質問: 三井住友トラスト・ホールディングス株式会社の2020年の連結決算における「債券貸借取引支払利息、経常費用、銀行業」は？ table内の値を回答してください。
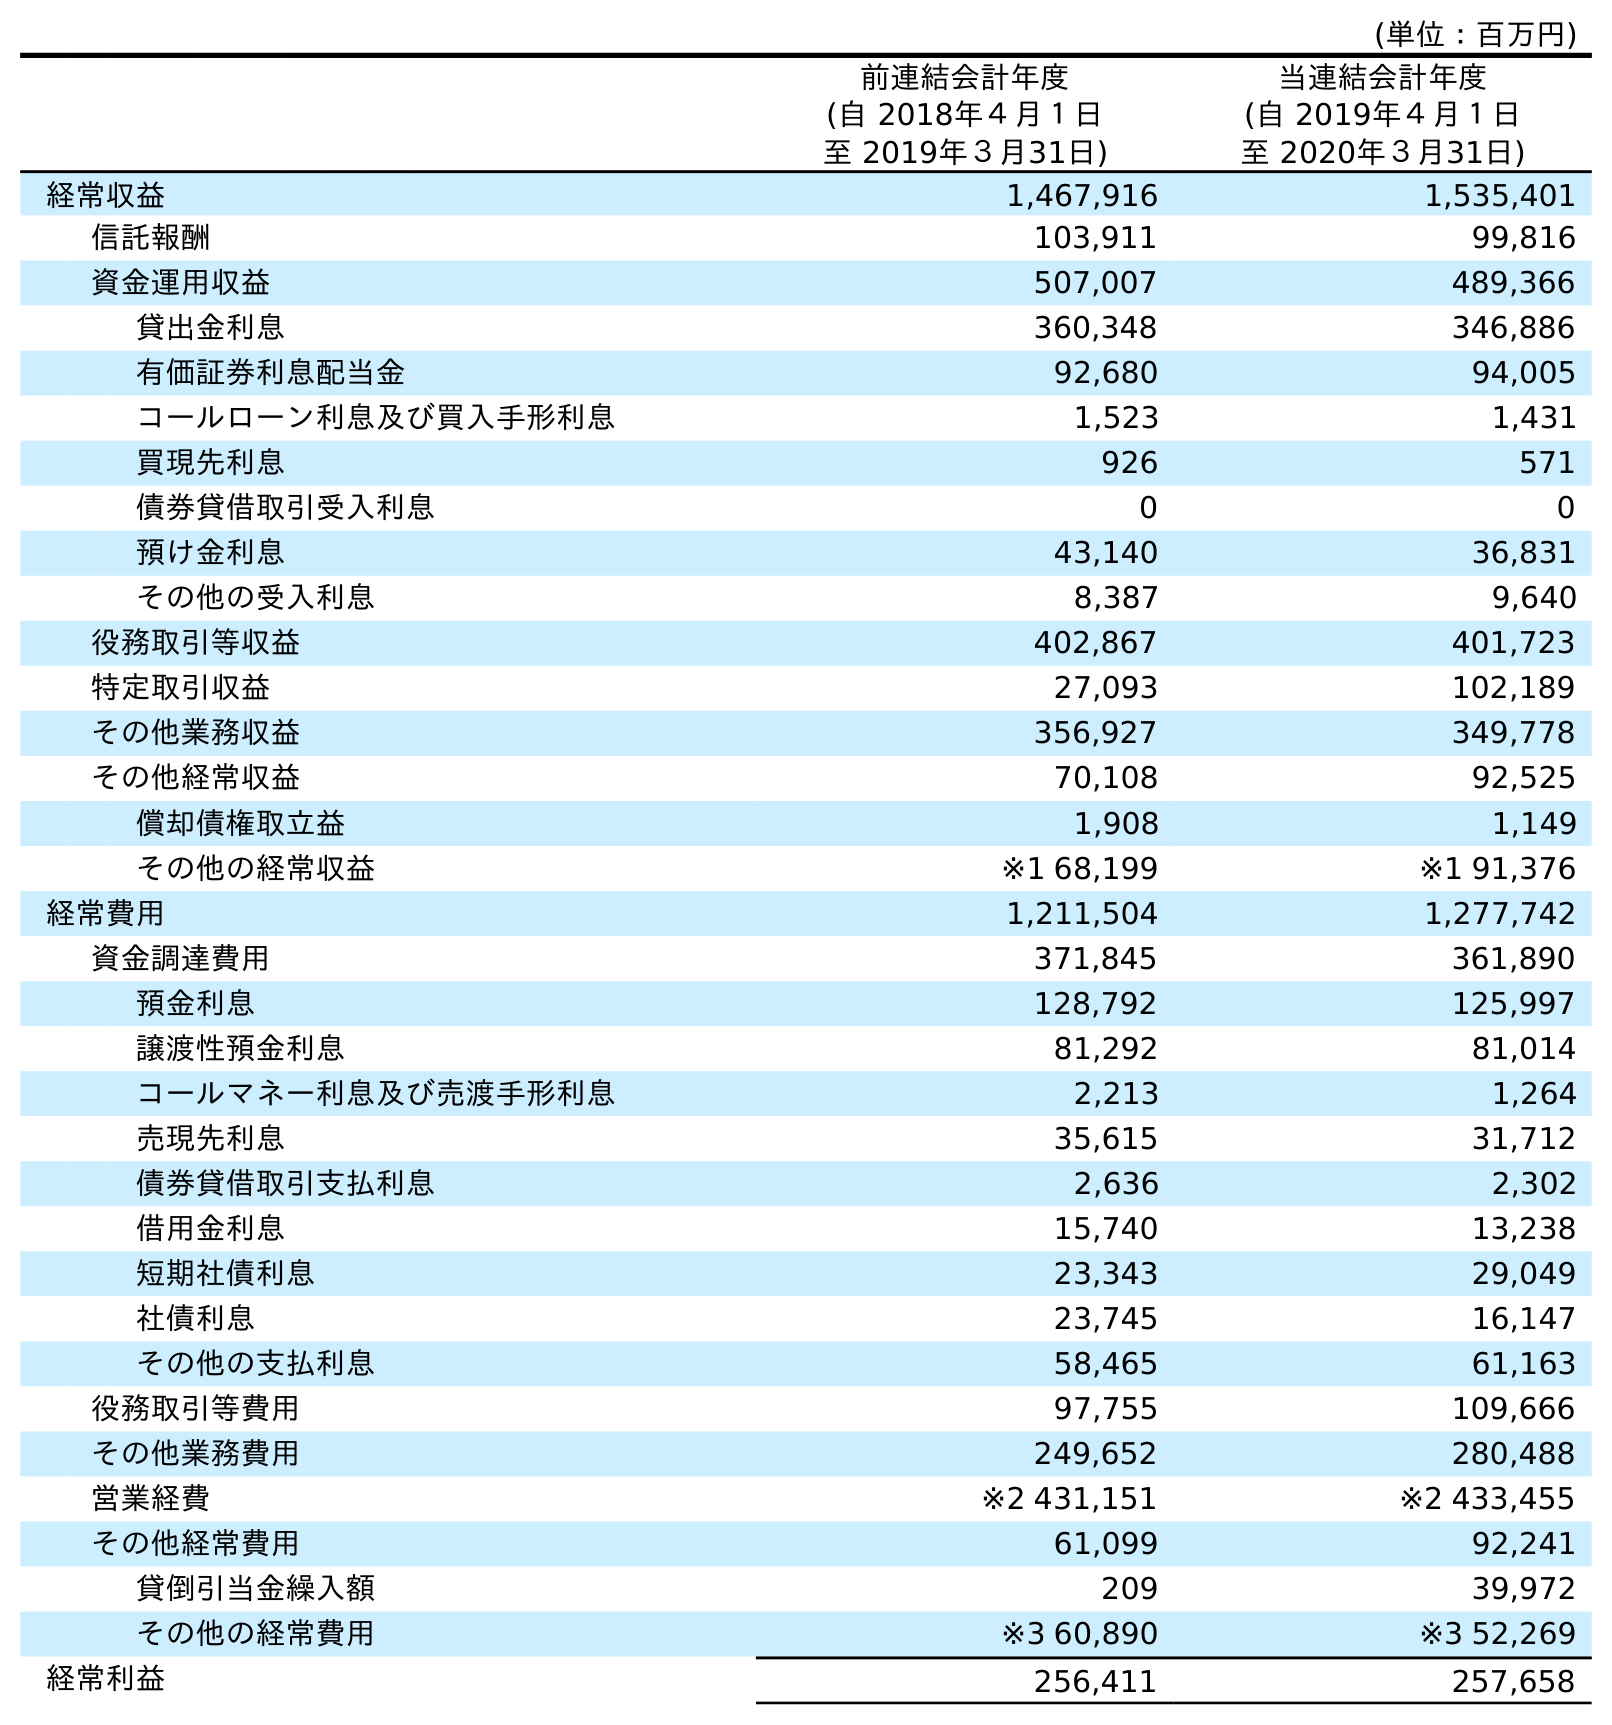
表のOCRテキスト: (単位：百万円) 前連結会計年度 (自 2018年４月１日 至 2019年３月31日) 当連結会計年度 (自 2019年４月１日 至 2020年３月31日) 経常収益 1,467,916 1,535,401 信託報酬 103,911 99,816 資金運用収益 507,007 489,366 貸出金利息 360,348 346,886 有価証券利息配当金 92,680 94,005 コールローン利息及び買入手形利息 1,523 1,431 買現先利息 926 571 債券貸借取引受入利息 0 0 預け金利息 43,140 36,831 その他の受入利息 8,387 9,640 役務取引等収益 402,867 401,723 特定取引収益 27,093 102,189 その他業務収益 356,927 349,778 その他経常収益 70,108 92,525 償却債権取立益 1,908 1,149 その他の経常収益 ※1 68,199 ※1 91,376 経常費用 1,211,504 1,277,742 資金調達費用 371,845 361,890 預金利息 128,792 125,997 譲渡性預金利息 81,292 81,014 コールマネー利息及び売渡手形利息 2,213 1,264 売現先利息 35,615 31,712 債券貸借取引支払利息 2,636 2,302 借用金利息 15,740 13,238 短期社債利息 23,343 29,049 社債利息 23,745 16,147 その他の支払利息 58,465 61,163 役務取引等費用 97,755 109,666 その他業務費用 249,652 280,488 営業経費 ※2 431,151 ※2 433,455 その他経常費用 61,099 92,241 貸倒引当金繰入額 209 39,972 その他の経常費用 ※3 60,890 ※3 52,269 経常利益 256,411 257,658
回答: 2,302